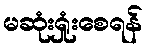
မဆုံးရှုံးစေရန်